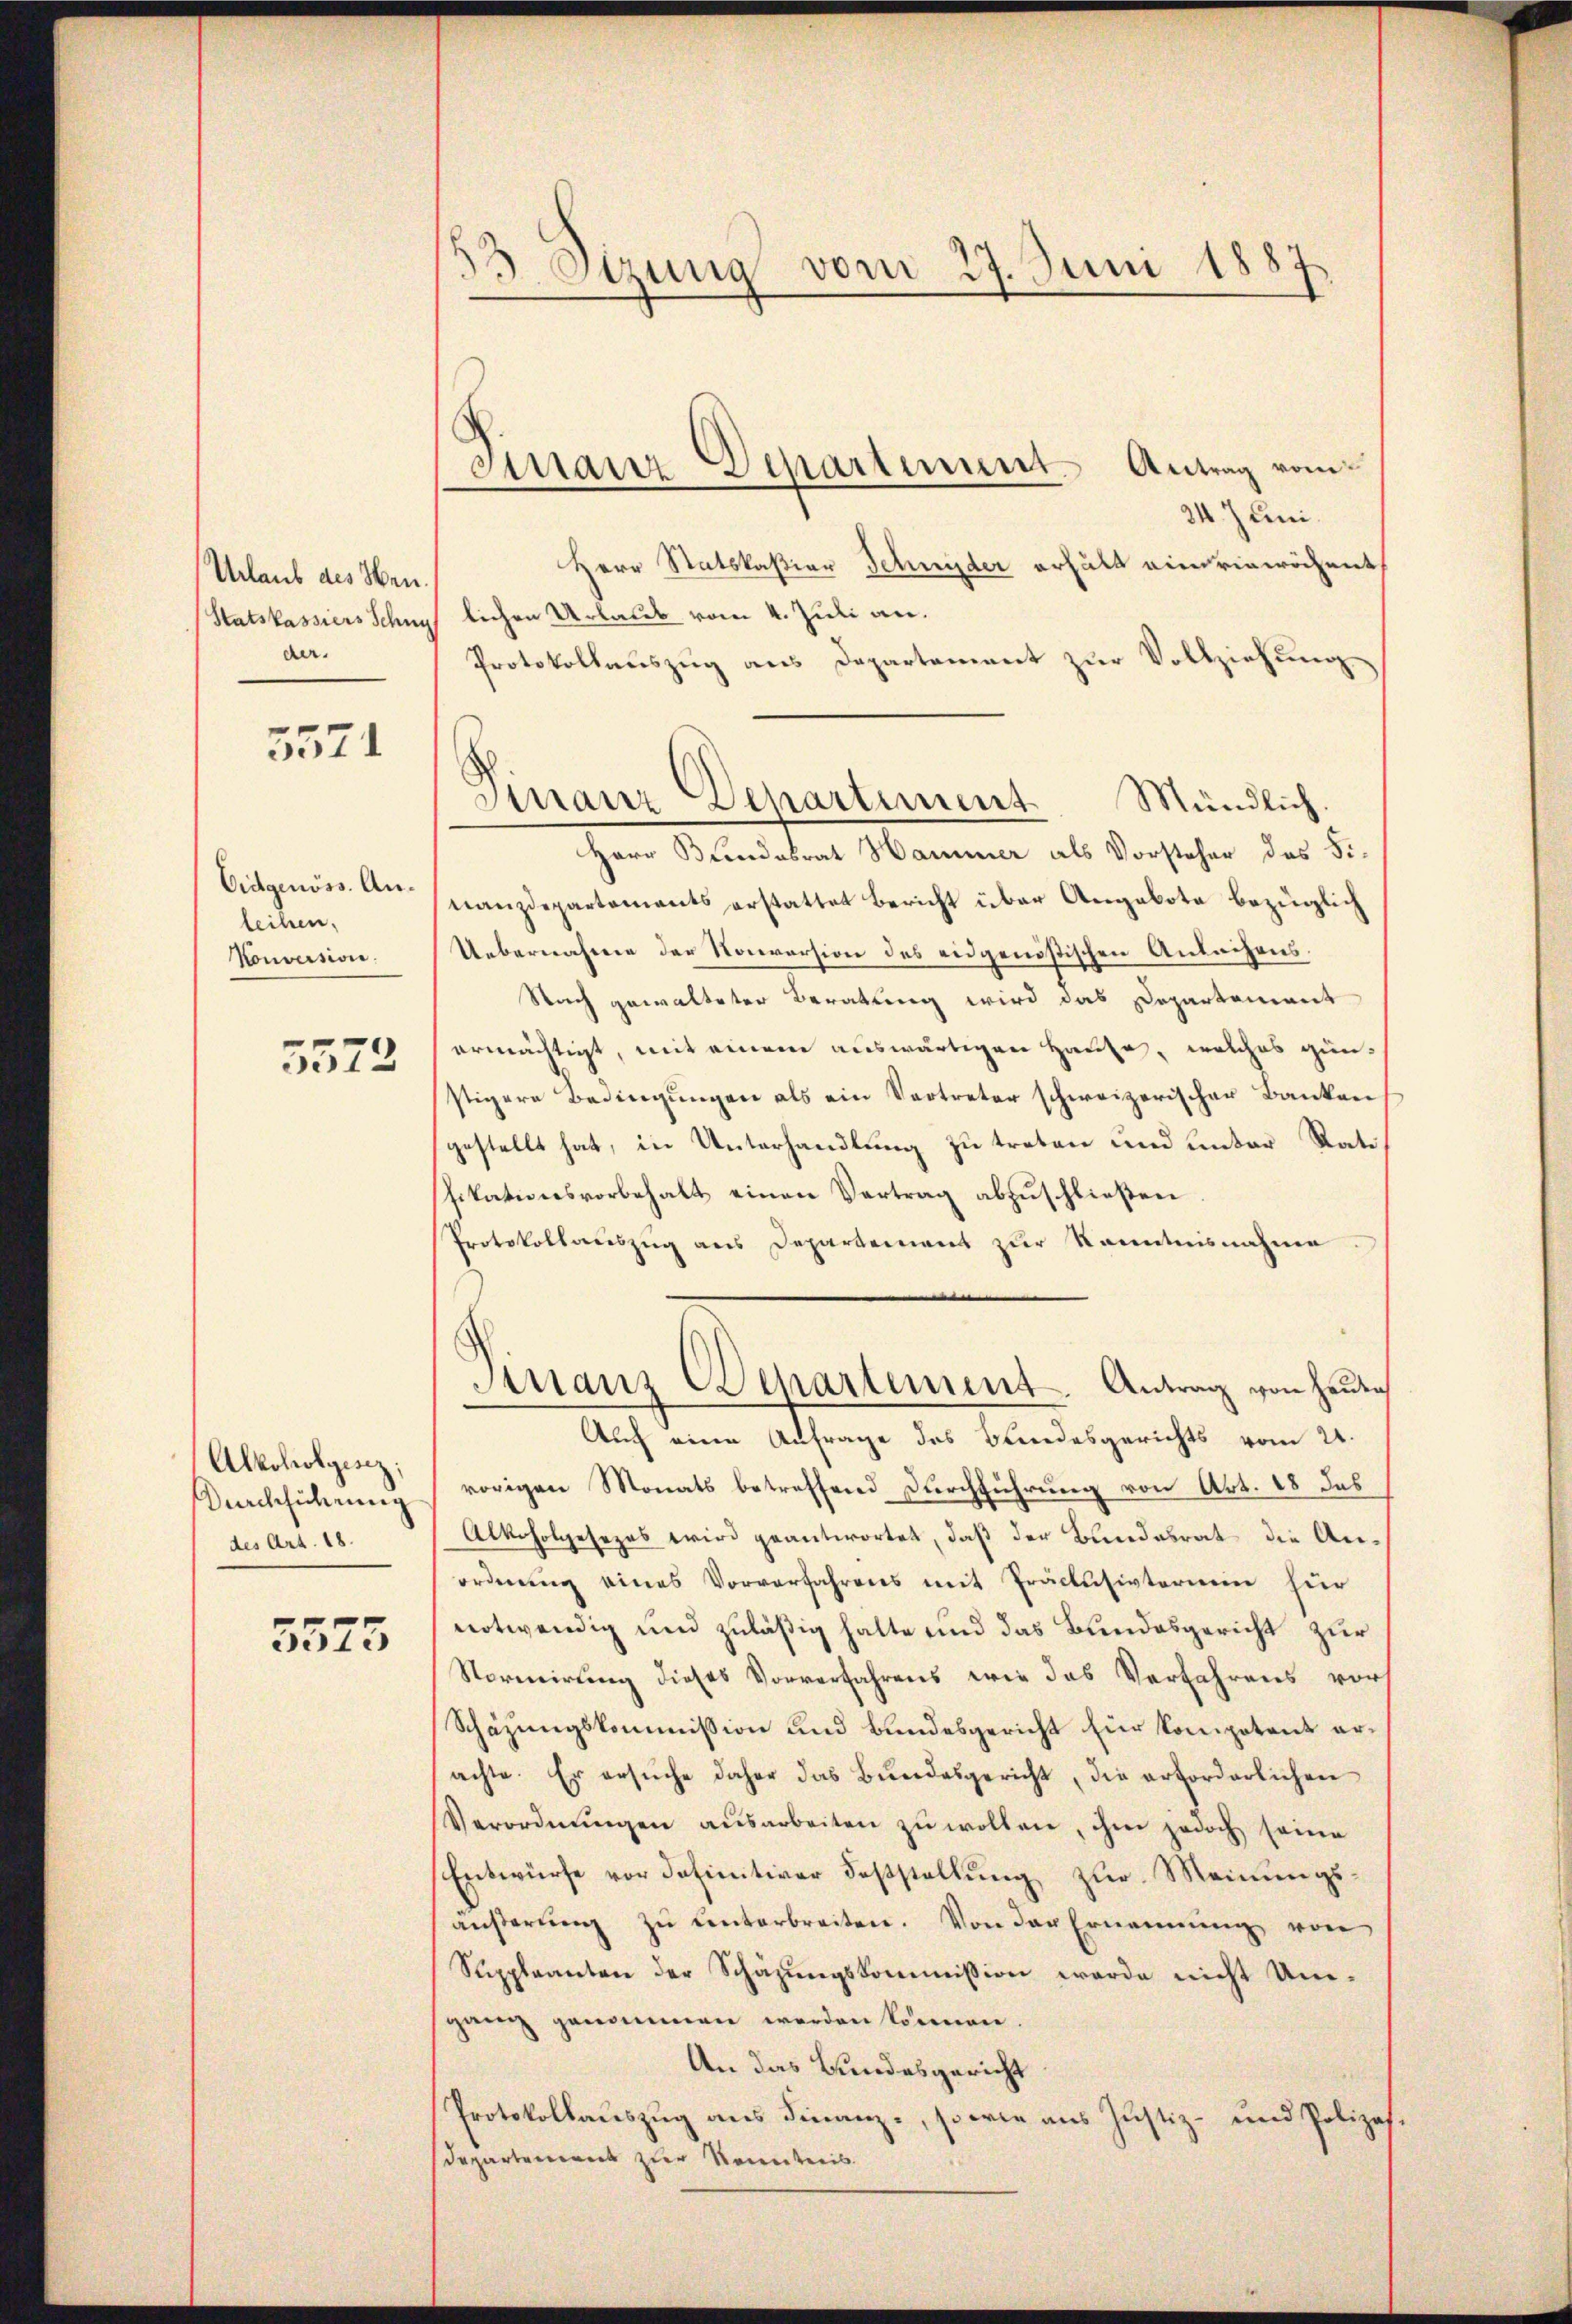
Urlaub des Hen.
Statskassiers Schny
der.

5571

Eidgenöss. Anleihen.
Konversion.

5572

Alkoholgesiz;
Durchführung
des Art. 18.

5575

33 Sizung vom 27. Juni 1887

Finanz-Departement. Antrag vom

24. Juni.
Herr Statskastiar Schnyder erhält eineriewöchent
lichen Urlaub vom 4. Juli an.
Protokollauszug aus Departement zur Vollziehung
Mündlich
Herr Bundesrat Hammer als Vorsteher des Finanzdepartements erstattet Bericht über Angebote bezüglich
Uebernahme der Konversion des eidgenößischen Anleihens.
Sich gewalteter Beratung wird das Departement
ermächtigt, mit einem auswärtigen Hause, welches gün-
stigere Bedingungen als ein Vertreter schweizerischer Banken
gestellt hat, in Unterhandlung zu treten und unter Ratifikationsvorbehalt einen Vertrag abzuschließen
Protokollauszug aus Departement zur Kenntnisnahme
Sirranz Departement-Antrag von heutig
Auch eine Anfrage des Bundesgerichts vom 24.
vorigen Monats betreffend Durchführung von Art. 18 des
Alkoholgesezes wird geantwortet, daß der Bundesrat die Anordnŭng eines Vorverfahrens mit Präclusivternein hier
notwendig und zuläßig hatte und das Bundesgericht zur
Normierŭng dieses Vorverfahrens wie das Verfahrens vor
Schazungskommission und Bundesgericht für Kompetent erachte. Er ersŭche daher das Bŭndesgericht, die erforderlichen
Verordnŭngen aŭsarbeiten zŭ wollen, ihm jedoch seine
Entwürfe vor definitiver Fasstellung zur Meinungsäŭβerŭng zu unterbreiten. Von der Ernennung von
Suppleanten der Schazungskommission werde nicht Umganz genommen werden können
An das Bundesgericht
Protokollauszug aus Finanz-, sowie aus Justiz- und Polizes¬
Departement zur Kenntnis

Finanz Departiment